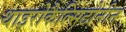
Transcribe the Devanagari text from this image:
थाइरोकैल्सिटोनीन